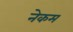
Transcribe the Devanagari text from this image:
नेकम